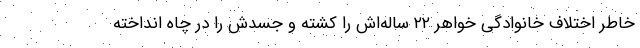
خاطر اختلاف خانوادگی خواهر ۲۲ ساله‌اش را کشته و جسدش را در چاه انداخته